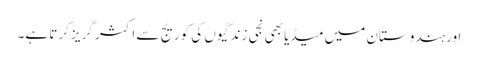
اور ہندوستان میں میڈیا بھی نجی زندگیوں کی کوریج سے اکثر گریز کرتا ہے۔